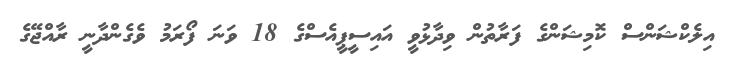
އިިލެކްޝަންސް ކޮމިޝަންގެ ފަރާތުން ވިދާޅުވީ އައިސީޕީއެސްގެ 18 ވަނަ ފޯރަމު ވެގެންދާނީ ރާއްޖޭގެ